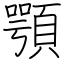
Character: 顎